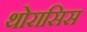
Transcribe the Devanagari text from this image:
थोरासिस